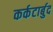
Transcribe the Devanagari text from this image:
कर्कटार्बुद